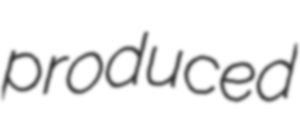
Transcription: produced